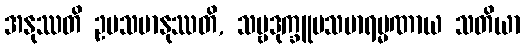
အနုဿတိ ဥပသမာနုဿတိ, သဗ္ဗဒုက္ခူပသမာရမ္မဏာယ သတိယာ